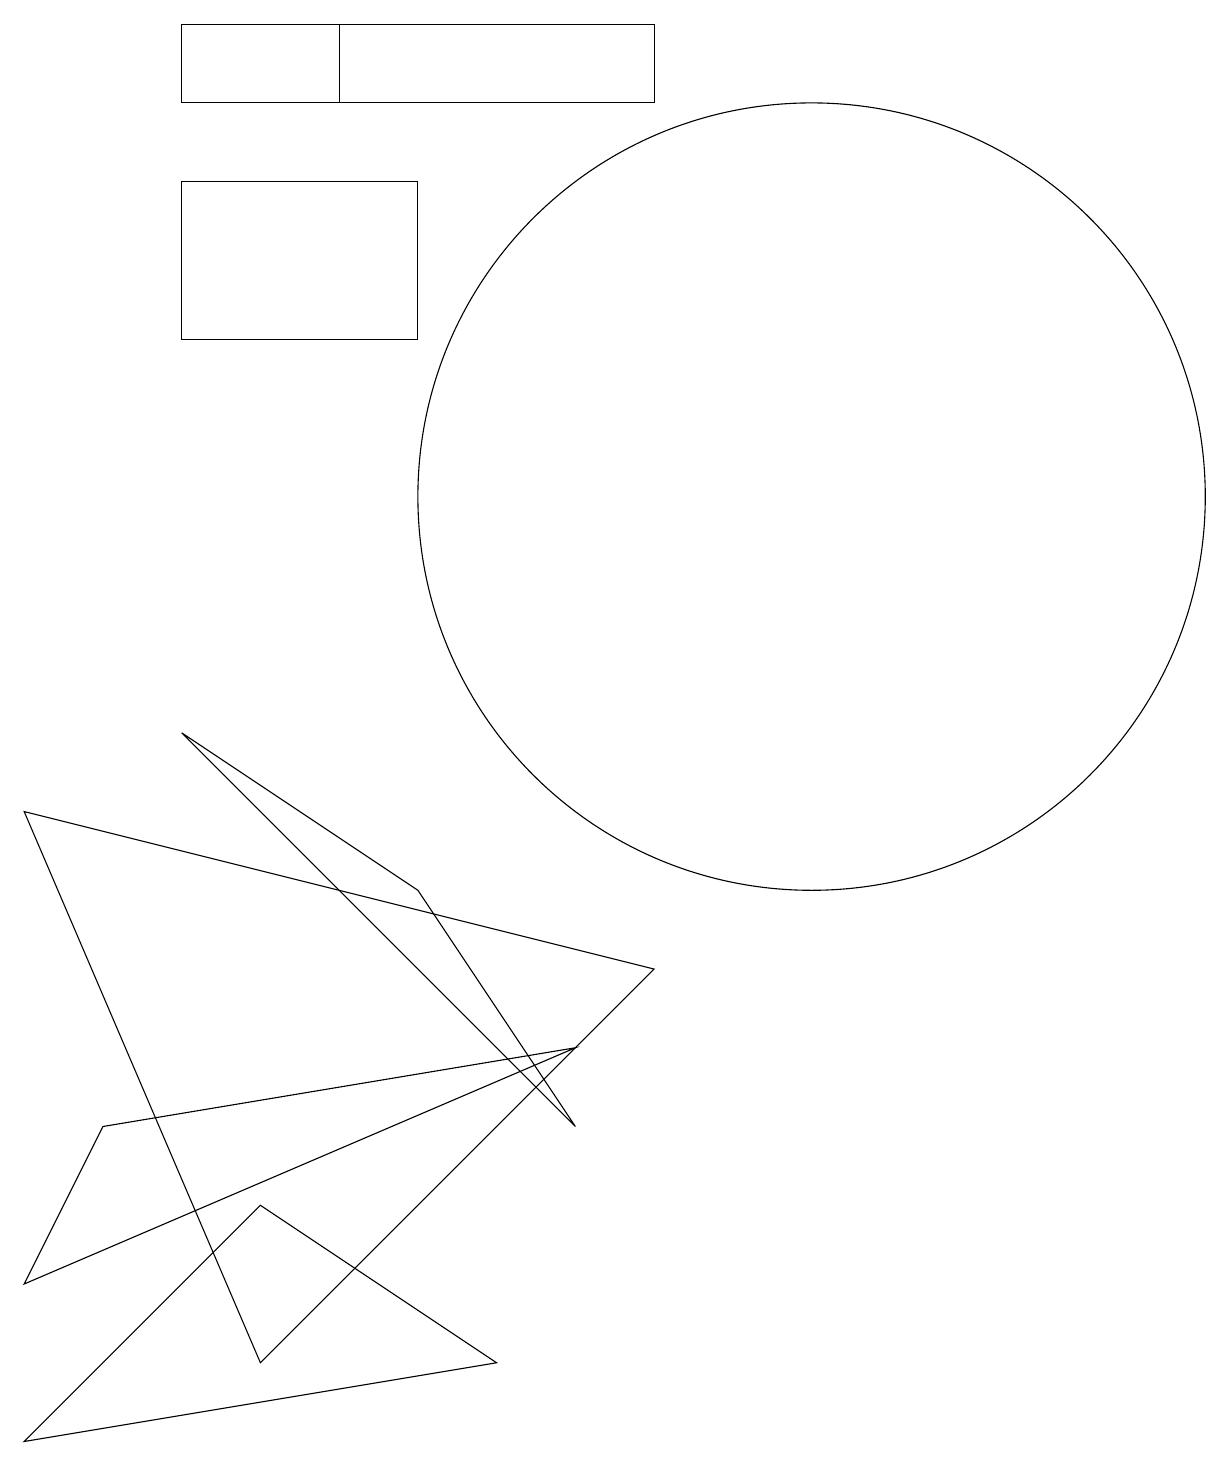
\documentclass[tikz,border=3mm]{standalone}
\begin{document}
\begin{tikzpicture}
\draw (0,8) -- (3,1) -- (8,6) -- cycle;
\draw (1,4) -- (7,5) -- (0,2) -- cycle;
\draw (8,17) rectangle (2,18);
\draw (5,16) rectangle (2,14);
\draw (2,17) rectangle (4,18);
\draw (10,12) circle (5);
\draw (6,1) -- (3,3) -- (0,0) -- cycle;
\draw (5,7) -- (7,4) -- (2,9) -- cycle;
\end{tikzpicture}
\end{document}